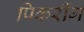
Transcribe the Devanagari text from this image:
पिकरींग